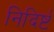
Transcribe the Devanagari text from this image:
निदिर्ष्टं